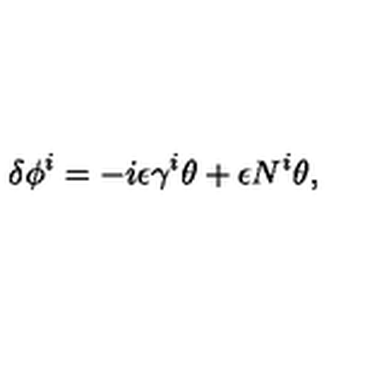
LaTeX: \delta \phi ^ { i } = - i \epsilon \gamma ^ { i } \theta + \epsilon N ^ { i } \theta ,